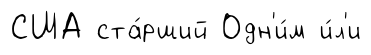
США ста́рший Одн'и́м и́л'и